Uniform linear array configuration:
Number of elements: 16
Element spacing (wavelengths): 0.5
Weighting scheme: binomial
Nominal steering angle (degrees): -60
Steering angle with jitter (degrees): -61.338
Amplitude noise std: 0.05
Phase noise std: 0.05

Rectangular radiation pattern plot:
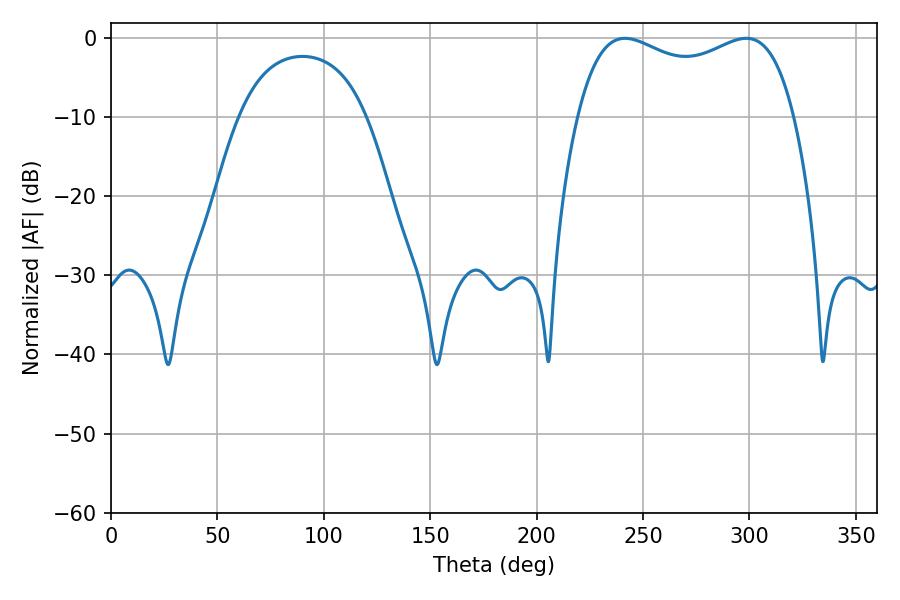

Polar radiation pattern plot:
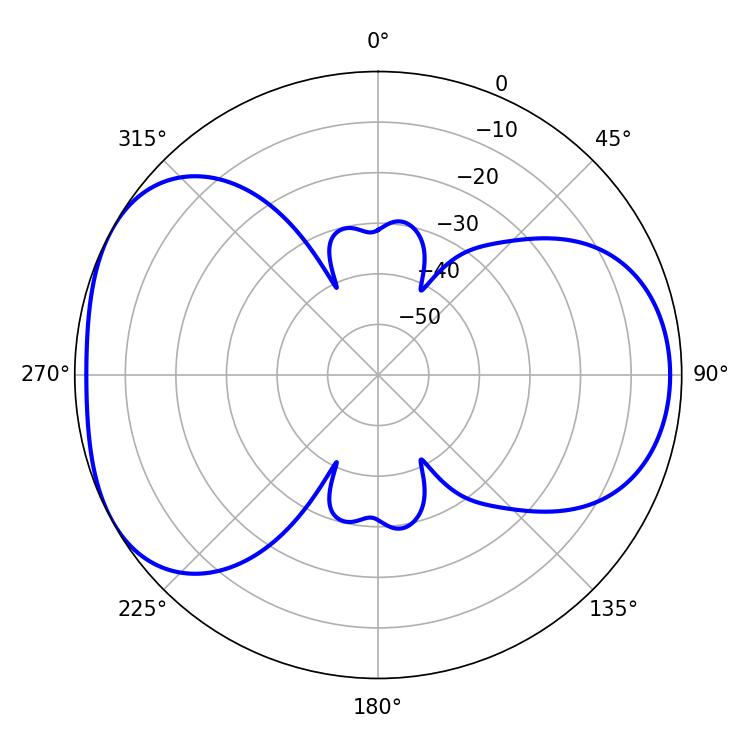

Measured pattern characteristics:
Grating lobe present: FALSE
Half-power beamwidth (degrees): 83.88
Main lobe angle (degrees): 241.56